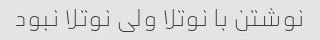
نوشتن با نوتلا ولی نوتلا نبود